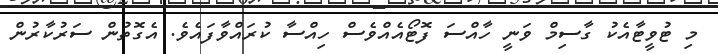
މި ޓުވީޓާއެކު ގާސިމް ވަނީ ހާއްސަ ފޮޓޯއެއްވެސް ހިއްސާ ކުރައްވާފައެވެ. އެގޮތުން ސަރުކާރުން